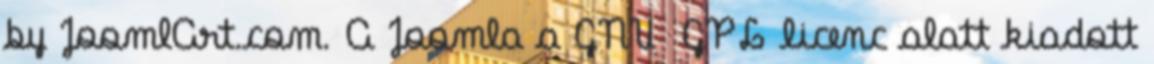
by JoomlArt.com. A Joomla a GNU GPL licenc alatt kiadott